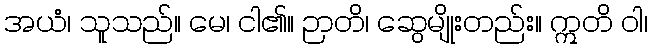
အယံ၊ သူသည်။ မေ၊ ငါ၏။ ဉာတိ၊ ဆွေမျိုးတည်း။ ဣတိ ဝါ၊